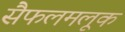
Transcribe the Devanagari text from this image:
सैफलमलूक